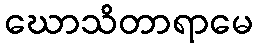
ဃောသိတာရာမေ